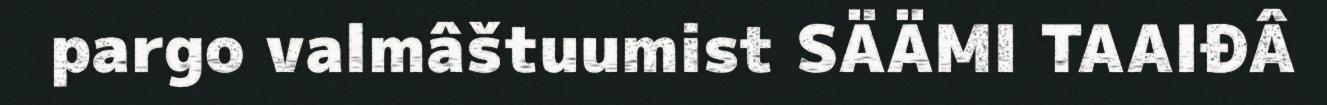
pargo valmâštuumist SÄÄMI TAAIĐÂ